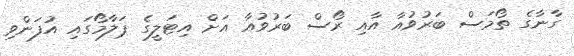
ގާނާގެ ތޯމަސް ބަރުވުއާ އާއި ރޯސް ބަރުވުއާ އަށް އިޓަލީގެ ޕަލާމޯގައި އުފަންވި